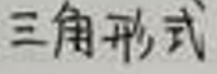
三角形式